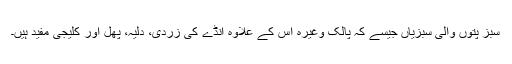
سبز پتوں والی سبزیاں جیسے کہ پالک وغیرہ اس کے علاوہ انڈے کی زردی، دلیہ، پھل اور کلیجی مفید ہیں۔